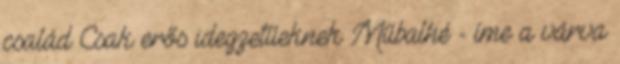
család Csak erős idegzetűeknek Műbalhé - íme a várva